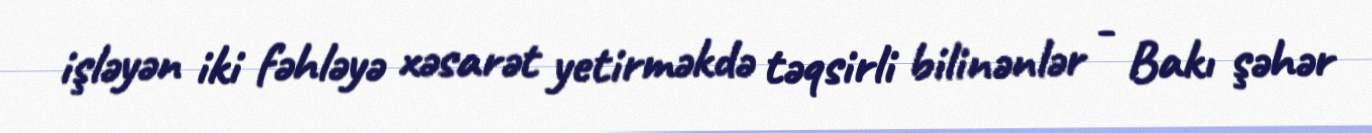
işləyən iki fəhləyə xəsarət yetirməkdə təqsirli bilinənlər - Bakı şəhər